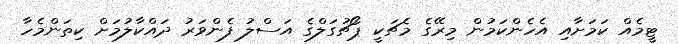
ޓީމެއް ކަމަށާއި އެހެންކަމުން މިރޭގެ މެޗަކީ ޕޯޗުގަލްގެ އަސްލު ފެންވަރު ދައްކާލުމަށް ކިތަންމެހާ